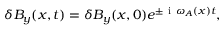
\begin{array} { r } { \delta B _ { y } ( x , t ) = \delta B _ { y } ( x , 0 ) e ^ { \pm \mathrm { ~ i ~ } \omega _ { A } ( x ) t } , } \end{array}